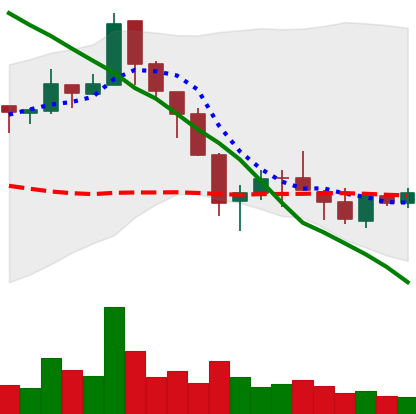
Ticker: ETC-USD
Chart end date: 2018-05-20
Forward return: -16.348%
Label: down_7plus